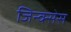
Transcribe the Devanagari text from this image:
जिन्क्सेस